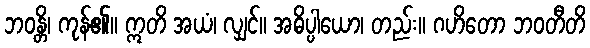
ဘဝန္တိ၊ ကုန်၏။ ဣတိ အယံ၊ လျှင်။ အဓိပ္ပါယော၊ တည်း။ ဂဟိတော ဘဝတီတိ